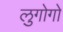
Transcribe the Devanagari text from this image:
लुगोगो